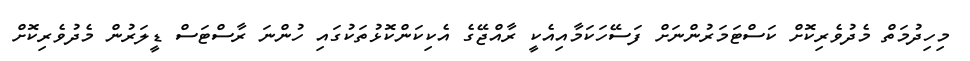
މިހިދުމަތް މެދުވެރިކޮށް ކަސްޓަމަރުންނަށް ފަސޭހަކަމާއިއެކީ ރާއްޖޭގެ އެކިކަންކޮޅުތަކުގައި ހުންނަ ރާސްޓަސް ޑީލަރުން މެދުވެރިކޮށް